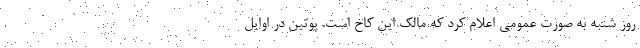
روز شنبه به صورت عمومی اعلام کرد که مالک این کاخ است. پوتین در اوایل